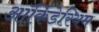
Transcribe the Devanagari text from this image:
ऑर्किडेरियम